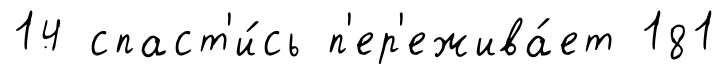
14 спаст'и́сь п'ер'ежива́ет 181